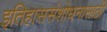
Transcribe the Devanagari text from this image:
इतिहाससंशोधनासाठी